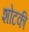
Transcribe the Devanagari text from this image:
शोटकी